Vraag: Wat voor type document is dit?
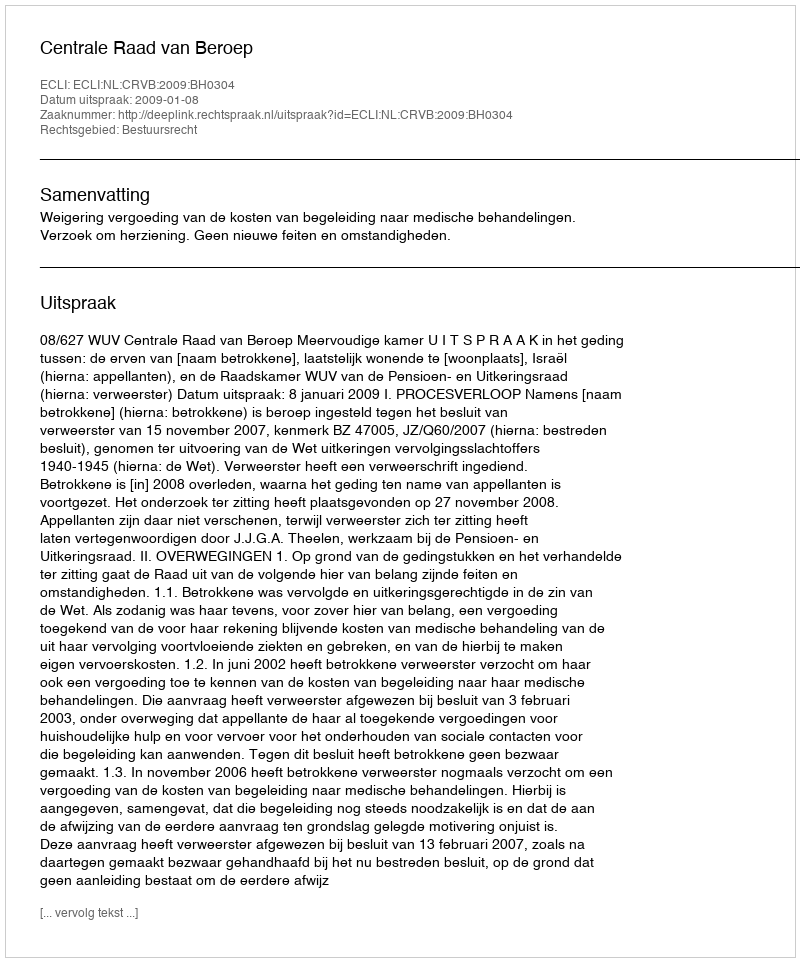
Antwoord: Uitspraak